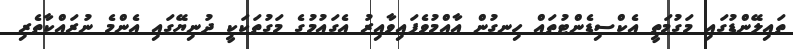
ތައިލޭންޑުގައި މަގުމަތީ އެކްސިޑެންޓުތައް ހިނގުން އާއްމުވެފައިވާއިރު އެގައުމުގެ މަގުތަކަކީ ދުނިޔޭގައި އެންމެ ނުރައްކާތެރި